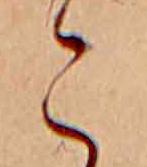
こ